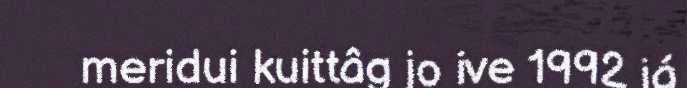
meridui kuittâg jo ive 1992 já